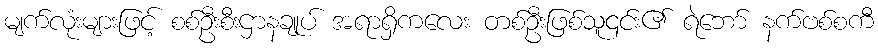
မျက်လုံးများဖြင့် စစ်ဦးစီးဌာနချုပ် အရာရှိကလေး တစ်ဦးဖြစ်သူ၎င်း၏ ရဲဘော် နက်ဗစ်စကီ